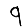
Digit: 9